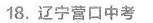
18.辽宁营口中考